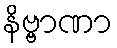
နိဗ္ဗာဏာ